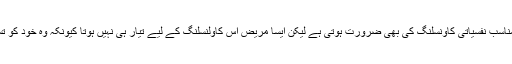
ایسے مردوں کو مناسب نفسیاتی کاؤنسلنگ کی بھی ضرورت ہوتی ہے لیکن ایسا مریض اس کاؤلنسلنگ کے لیے تیار ہی نہیں ہوتا کیونکہ وہ خود کو تسلیم ہی نہیں کرتا ۔